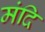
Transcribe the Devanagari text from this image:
मंदि